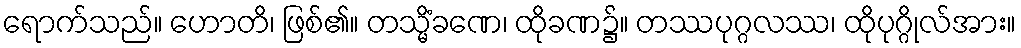
ရောက်သည်။ ဟောတိ၊ ဖြစ်၏။ တသ္မိံခဏေ၊ ထိုခဏ၌။ တဿပုဂ္ဂလဿ၊ ထိုပုဂ္ဂိုလ်အား။